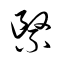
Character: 繄